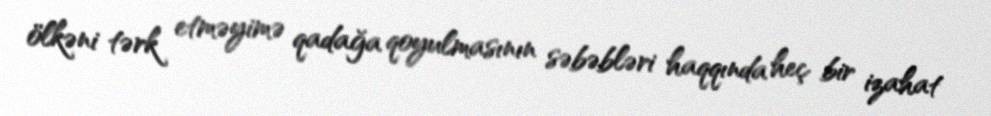
ölkəni tərk etməyimə qadağa qoyulmasının səbəbləri haqqında heç bir izahat